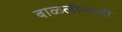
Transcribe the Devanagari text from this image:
बाळलीलाही